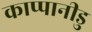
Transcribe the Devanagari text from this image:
काप्पानीडु